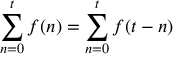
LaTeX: \sum _ { n = 0 } ^ { t } f ( n ) = \sum _ { n = 0 } ^ { t } f ( t - n ) \quad